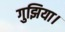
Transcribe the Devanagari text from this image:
गुझिया।